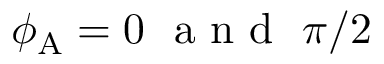
\phi _ { \mathrm { A } } = 0 \ \mathrm { ~ a ~ n ~ d ~ } \ \pi / 2